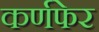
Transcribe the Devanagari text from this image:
कर्णफेर